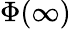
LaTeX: \Phi(\infty)